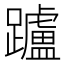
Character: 𨇖